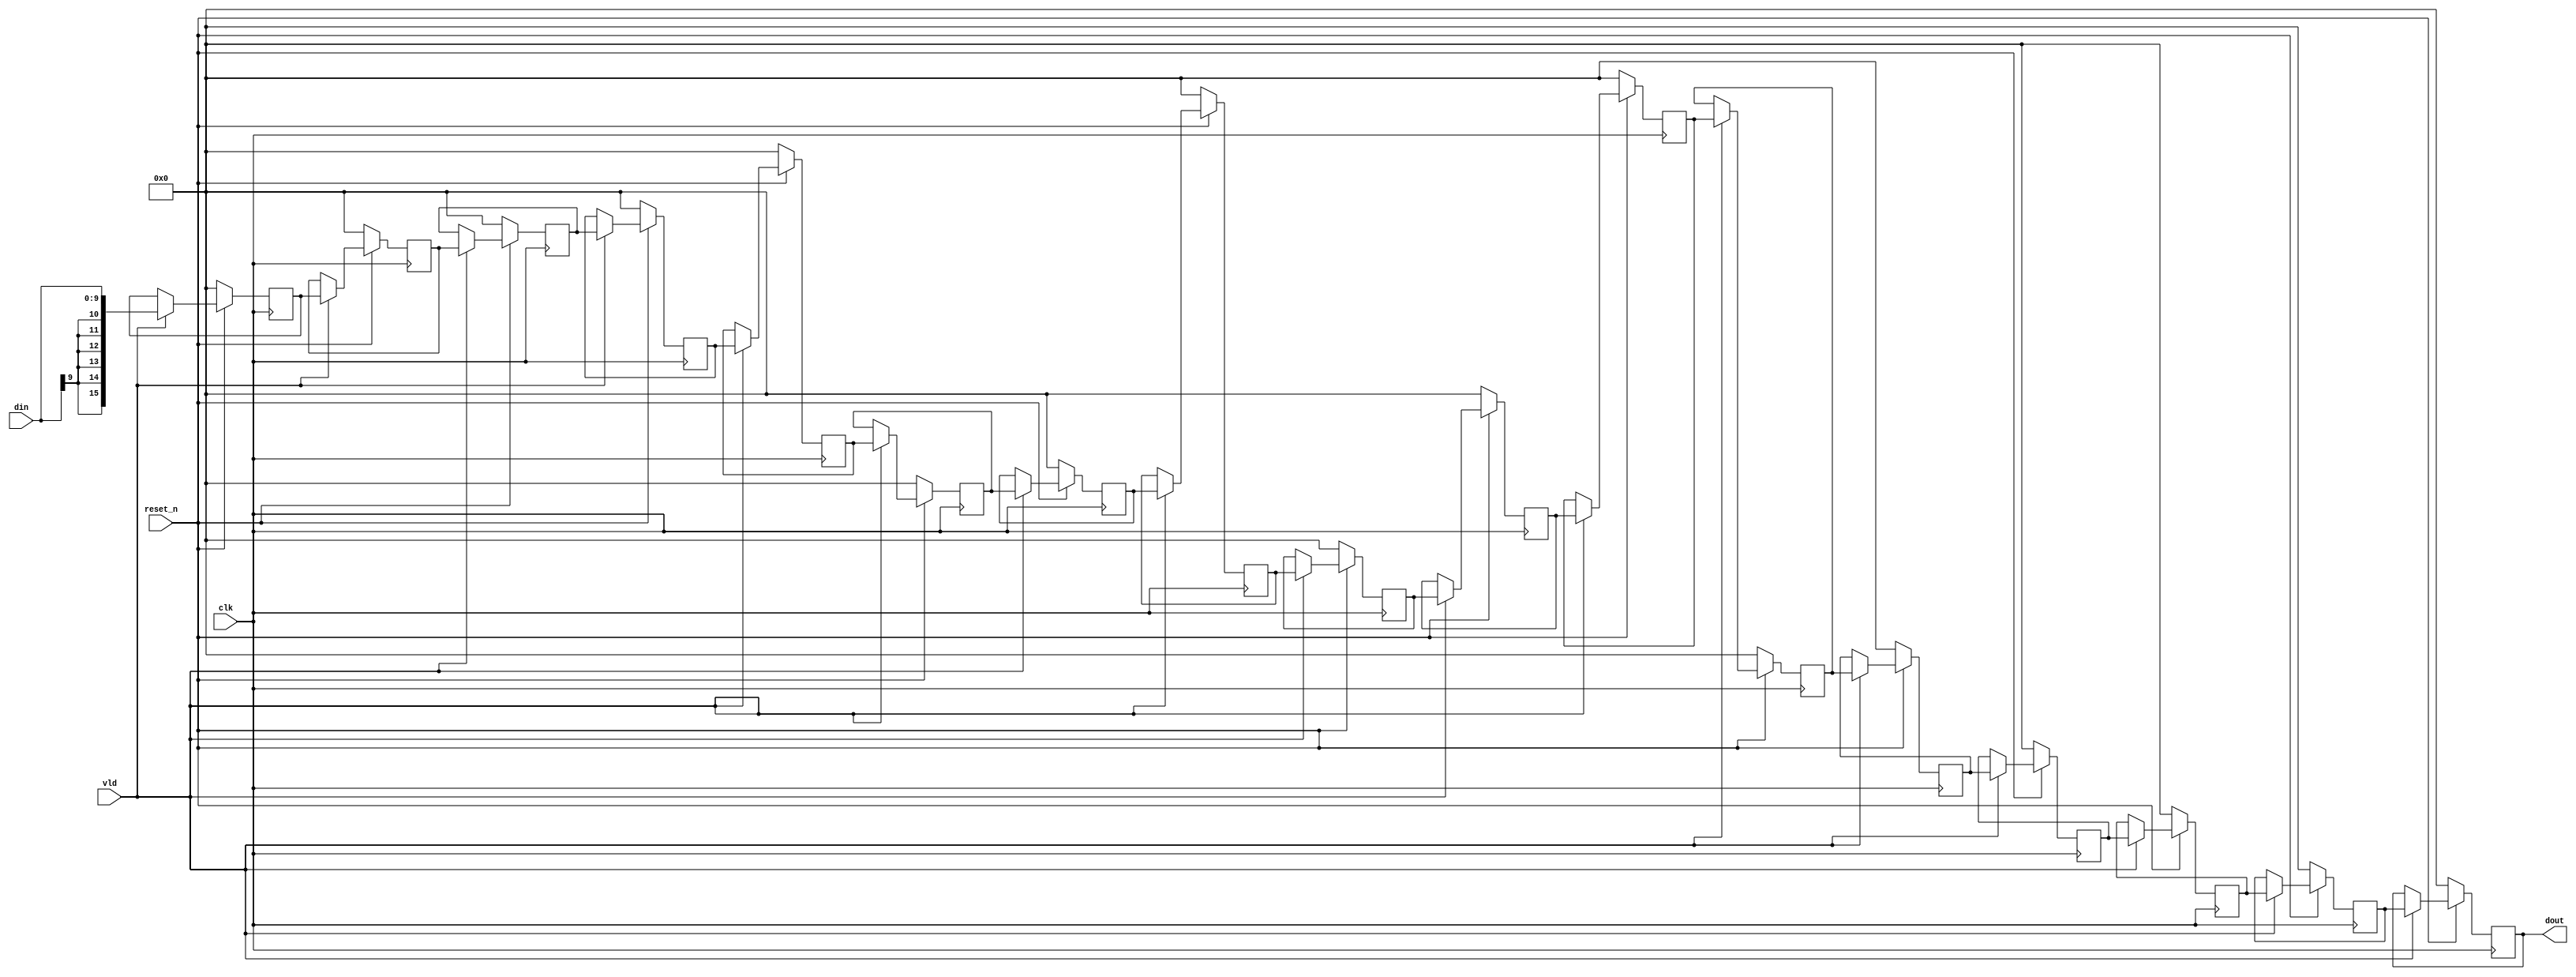
/*-----------------------------------------------------------------------
   .     
   .

:           !!!!
------------------------------------------------------------------------*/
module delay_mod #(
	parameter IN_D_WIDTH  = 10,
	parameter OUT_D_WIDTH = 16,
	parameter DELAY	      = 17
)(
	input 				    clk    ,
	input 				    reset_n,
	
	input				    vld    ,  //   ,      clk
	input [IN_D_WIDTH-1 :0] din    ,
	output[OUT_D_WIDTH-1:0] dout	
);

genvar i;

//
`ifdef IN_D_WIDTH<OUT_D_WIDTH
	wire signed[OUT_D_WIDTH-1:0] din_w = din[IN_D_WIDTH-1]  ?  $signed({{(OUT_D_WIDTH-IN_D_WIDTH){1'b1}}, din[IN_D_WIDTH-1:0]}) : $signed({{(OUT_D_WIDTH-IN_D_WIDTH){1'b0}}, din[IN_D_WIDTH-1:0]});
`else
	wire signed[OUT_D_WIDTH-1:0] din_w = $signed(din);
`endif
	
	

generate
	for(i=0; i<DELAY; i=i+1)begin:tap
		reg signed [OUT_D_WIDTH-1:0] r = 0;
		if(i==0) begin
			always@(posedge clk) begin
				if(!reset_n) r <= 0;
				else if(vld) r <= din_w;
			end
		end else begin
			always@(posedge clk) begin
				if(!reset_n) tap[i].r <= 0;
				else if(vld) tap[i].r <= tap[i-1].r;
			end
		end
	end
endgenerate

assign dout  = tap[DELAY-1].r;

endmodule